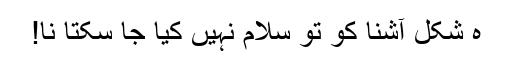
ہ شکل آشنا کو تو سلام نہیں کیا جا سکتا نا!